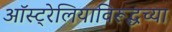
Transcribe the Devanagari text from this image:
ऑस्ट्रेलियाविरूद्धच्या